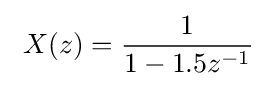
\ X(z)={\frac {1}{1-1.5z^{-1}}}